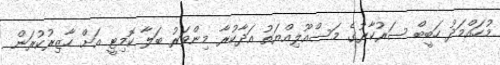
މުހައްމަދު ހަބީބް ސަރުކާރުގެ މަސްއޫލިއްޔަތު އަދާކުރާ މިންވަރު ބަލާ ކޮމިޓީ އަށް ހާޒިރުކުރަން